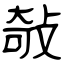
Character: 敧